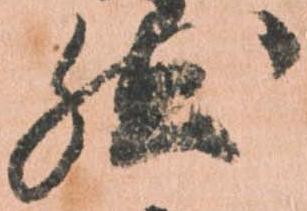
然